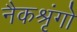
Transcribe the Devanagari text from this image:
नैकश्रृंगो